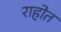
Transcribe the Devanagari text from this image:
राहोत